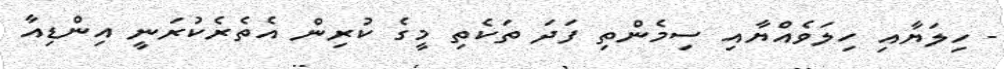
- ހިލަޔާއި ހިލަވެއްޔާއި ސިމެންތި ފަދަ ތަކެތި މީގެ ކުރިން އެތެރެކުރަނީ އިންޑިއާ